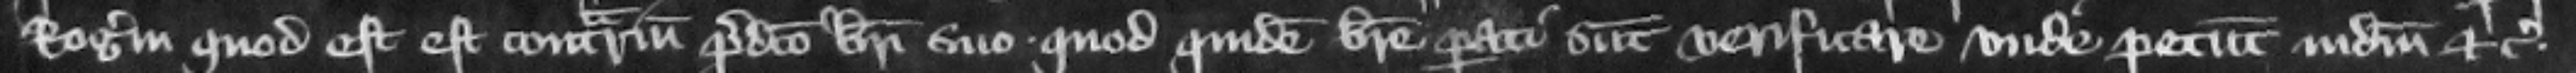
Rogerum quod est contrarium predicto breui suo. quod quidem breue parati sunt verificare vnde petunt iudicium etc.